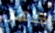
كاهن